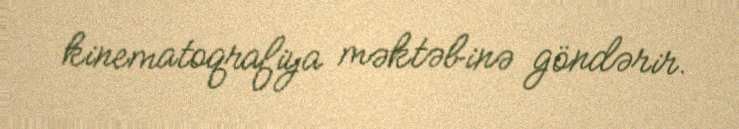
kinematoqrafiya məktəbinə göndərir.